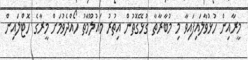
މީރާއިން ހުޅުވާލައިފައިވާ މި މުބާރާތާ ގުޅޭގޮތުން އިތުރު މައުލޫމާތު ހޯއްދެވުމަށް މީރާގެ ހޮޓްލައިން